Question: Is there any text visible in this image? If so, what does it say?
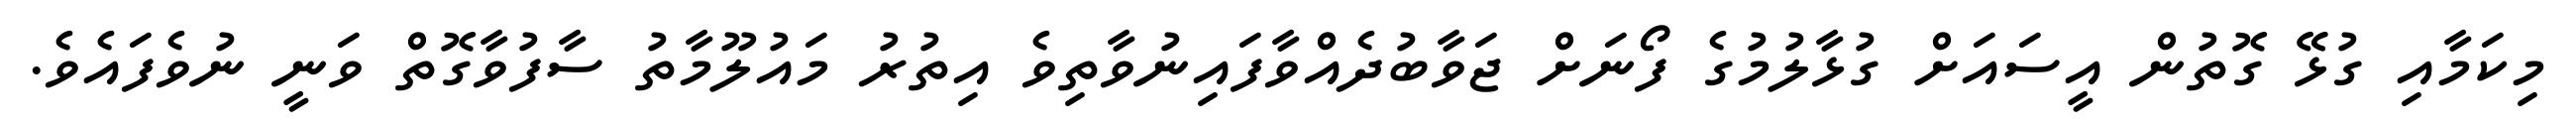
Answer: މިކަމާއި ގުޅޭ ގޮތުން އީސައަށް ގުޅާލުމުގެ ފޯނަށް ޖަވާބުދެއްވާފައިނުވާތިވެ އިތުރު މައުލޫމާތު ސާފުވާގޮތް ވަނީ ނުވެފައެވެ.